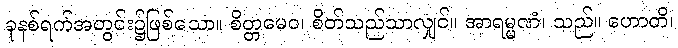
ခုနစ်ရက်အတွင်း၌ဖြစ်သော။ စိတ္တမေဝ၊ စိတ်သည်သာလျှင်။ အာရမ္မဏံ၊ သည်။ ဟောတိ၊